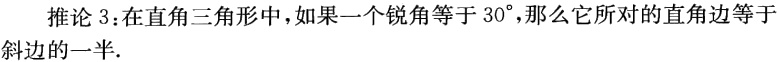
推论 3：在直角三角形中，如果一个锐角等于 \(30^{\circ}\)，那么它所对的直角边等于斜边的一半.